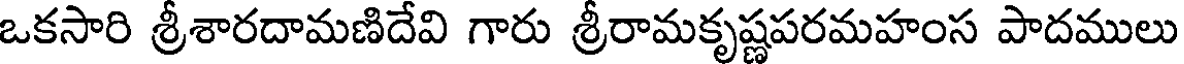
ఒకసారి శ్రీశారదామణిదేవి గారు శ్రీరామకృష్ణపరమహంస పాదములు